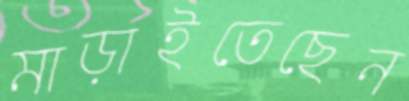
মাড়াইতেছেন